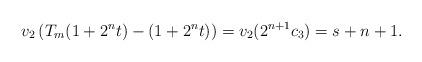
LaTeX: \begin{align*} v_{2}\left(T_{m}(1+2^{n}t)-(1+2^{n}t)\right)= v_{2}(2^{n+1}c_{3})=s+n+1. \end{align*}